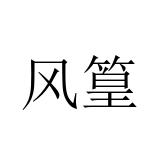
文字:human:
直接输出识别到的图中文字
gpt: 风篁